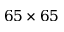
6 5 \times 6 5